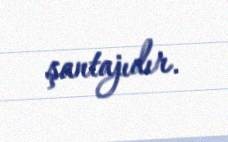
şantajıdır.